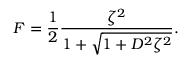
{ \cal F } = { \frac { 1 } { 2 } } { \frac { \zeta ^ { 2 } } { 1 + \sqrt { 1 + D ^ { 2 } \zeta ^ { 2 } } } } .